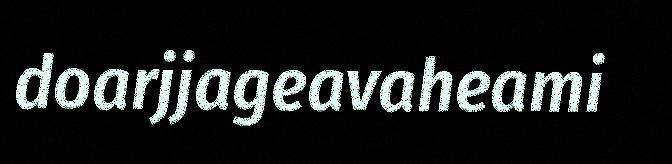
doarjjageavaheami